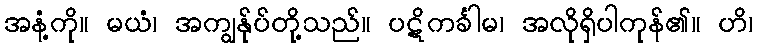
အနံ့ကို။ မယံ၊ အကျွန်ုပ်တို့သည်။ ပဋိကင်္ခါမ၊ အလိုရှိပါကုန်၏။ ဟိ၊